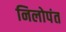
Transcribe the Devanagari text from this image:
निलोपंत